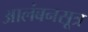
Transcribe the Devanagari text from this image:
आलंबनसूत्र